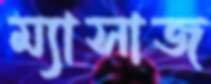
ম্যাসাজ